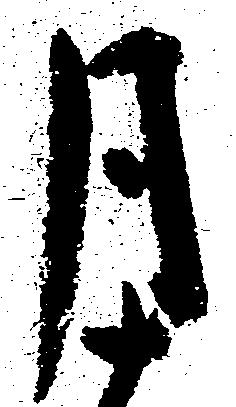
月